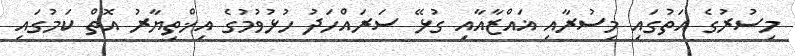
މިސުރުގެ އަތުގައި މިސުރާއި ޣައްޒާއާއި ގުޅޭ ސަރައްހަދު ހުޅުވުމުގެ އިޚްތިޔާރު އޮތް ކަމުގައި